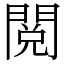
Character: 閲